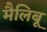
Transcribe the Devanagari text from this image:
मैलिबू